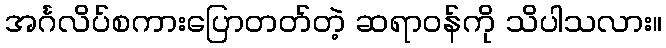
အင်္ဂလိပ်စကားပြောတတ်တဲ့ ဆရာဝန်ကို သိပါသလား။